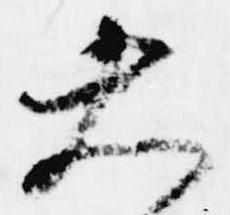
大